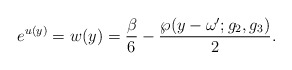
\begin{align*}e^{u(y)}=w(y)=\frac{\beta}{6}-\frac{\wp(y-\omega^{\prime}; g_2,g_3)}{2}.\end{align*}